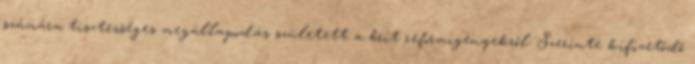
számára tisztességes megállapodás született a brit reformigényekről. Szerinte kifizetődő